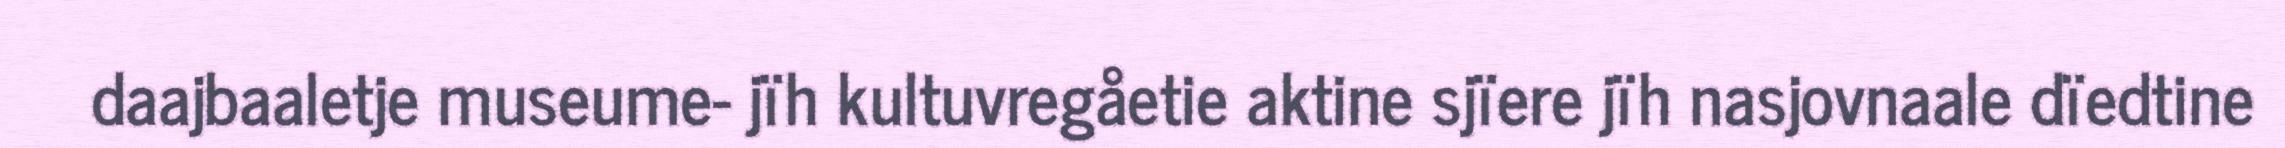
daajbaaletje museume- jïh kultuvregåetie aktine sjïere jïh nasjovnaale dïedtine